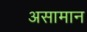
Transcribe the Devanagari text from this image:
असामान